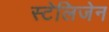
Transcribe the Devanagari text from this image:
स्टेलिजेन